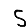
Digit: 5